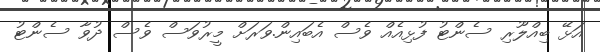
އަޅޭ ބިއްލޫރި ސެންޓު ފުޅިއެއް ވެސް އެބައިން.ވަރަށް މީރުވަސް ވެސް ދުވާ ސެންޓު